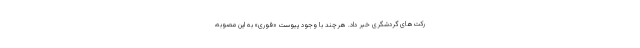
رکت‌های گردشگری خبر داد. هرچند با وجود پیوست «فوری» به این مصوبه،